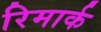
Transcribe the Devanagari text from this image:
रिमार्क